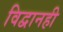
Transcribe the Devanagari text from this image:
विद्वानही